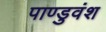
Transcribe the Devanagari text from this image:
पाण्डुवंश